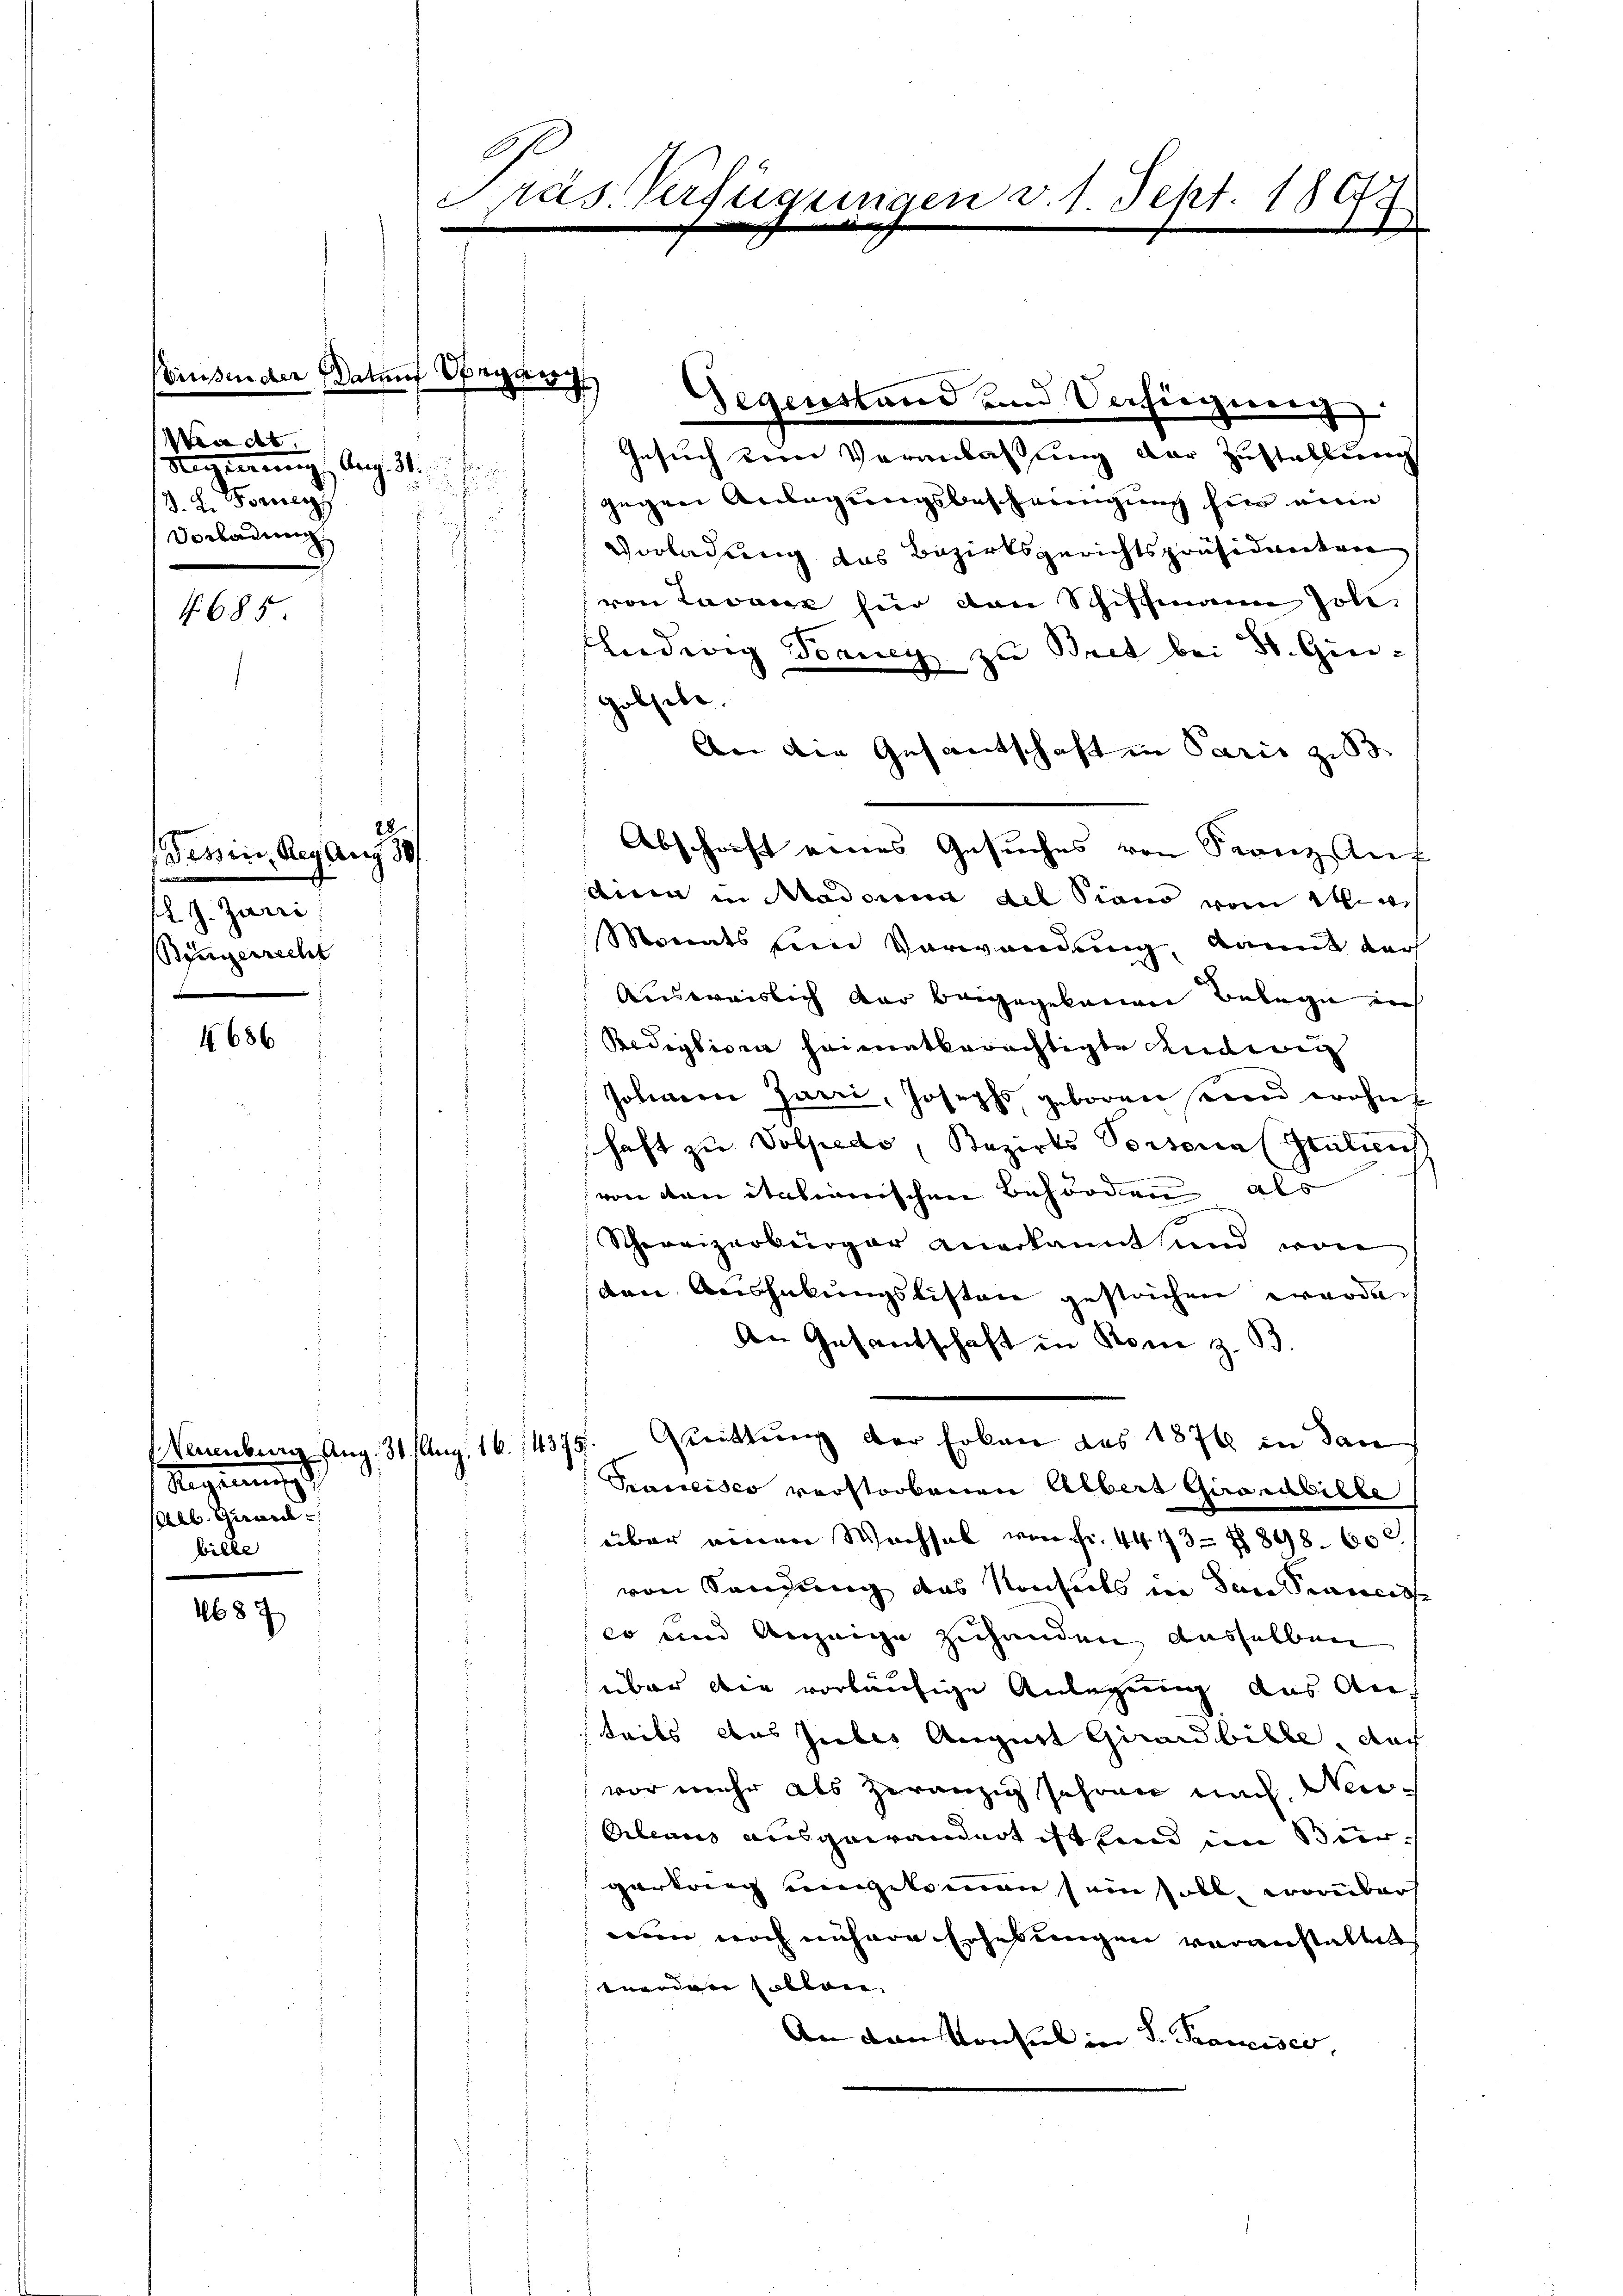
a des
Regierung Aug. 31.
13. 2. Formen
Vorladung

685

Tessin, Regung 30/

l. J. Zarri
Bengerrecht

4686

Neuenburg Aug. 31. Aug. 16. 14375
S. unt
Alb. Grandbilbe

1687

Präs. Verfügungen v. 1. Sept 1864.

J

einsender Datum bega

fer¬

28

u

d

Gegenstand und Verhinnen.
Gesuch ein Veranlassung der Zustellung
gegen Anlegungsbescheinigung für eine
Vorladung das Bezirksgerichtspräsidierten
von Lavant für den Schiffmann soll,
Ludwig Toaney zu Bret bei St. Gingobhebe.
An die Gesantschaft in Paris zu 53
Abschrift eines Gesuches von Franz Auf
ani in Madon die siano von Wint
Monats ein Vorwandung, kannt darf
Ausweislich der beigegebauen Belege ich
Rediglio in heimatberächtigte anderen
Johnnen Jarri, Josephs, geboren und wohnt
schaft zu Volpedo, Bezirks Persona (Status
von von italienischen Behörden als
Schweizerbürger anerkannt und von
den Aushabungslisten gestrichen werde
An Gesantschaft in Rom z. B.
Guittung der Erkann des 1874 in dan
Pancisco verstorbenen Albert Girardbilbe
über einen Wachsel von Fr. 4443- Z 898. 602
von Sandung das Konseits in den Standesse
eo und Anzeige zuhanden ausselben
über die vorläufige Anlegung aus Anteils aus Julis August Girard bille, nach
vor mehr als zwanzig Jahren nach Neu¬
Blenis ausgewandert ist und im Bürgartung eingekommen sein soll, worüber
mun noch nähere Erhebungen veranstaltet
tuenden sollen.
An den Konsul in d. Francisco,